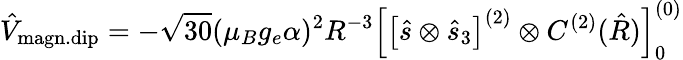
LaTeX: \hat{V}_{\mathrm{magn.dip}}=-\sqrt{30}(\mu_{B}g_{e}\alpha)^{2}R^{-3}\left[\left[\hat{s}\otimes\hat{s}_{3}\right]^{(2)}\otimes C^{(2)}(\hat{R})\right]_{0}^{(0)}